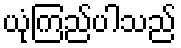
ယုံကြည်ပါသည်